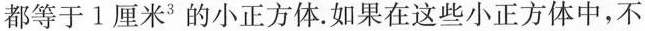
都等于1厘米^{3}的小正方体，如果在这些小正方体中，不